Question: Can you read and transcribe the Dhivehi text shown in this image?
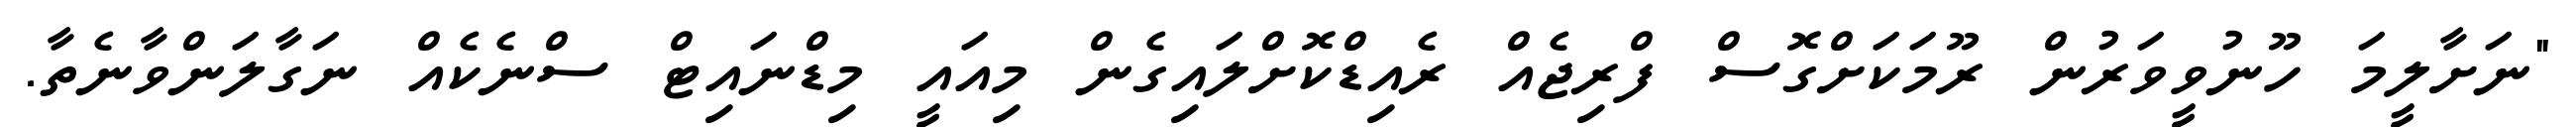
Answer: "ނަށާލީމަ ހޫނުވީވަރުން ރޫމަކަށްގޮސް ފްރިޖެއް ރެއިޑްކޮށްލައިގެން މިއައީ މިޑްނައިޓް ސްނެކެއް ނަގާލަންވާނެތާ.